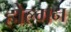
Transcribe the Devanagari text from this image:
होल्गन